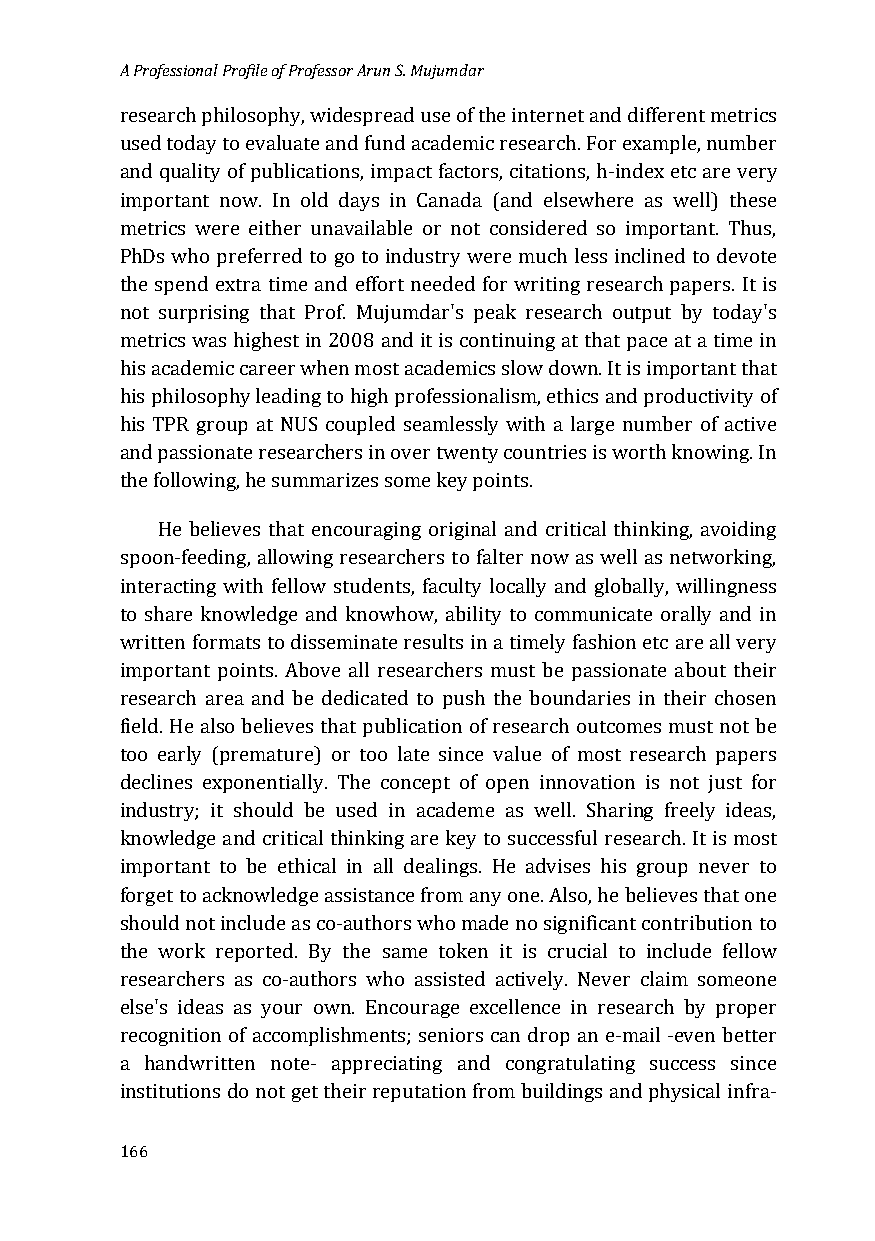
A Professional Profile of Professor Arun S. Mujumdar
 research philosophy, widespread use of the internet and different metrics
 used today to evaluate and fund academic research. For example, number
 and quality of publications, impact factors, citations, h-index etc are very
 important now. In old days in Canada (and elsewhere as well) these
 metrics were either unavailable or not considered so important. Thus,
 PhDs who preferred to go to industry were much less inclined to devote
 the spend extra time and effort needed for writing research papers. It is
 not surprising that Prof. Mujumdar's peak research output by today's
 metrics was highest in 2008 and it is continuing at that pace at a time in
 his academic career when most academics slow down. It is important that
 his philosophy leading to high professionalism, ethics and productivity of
 his TPR group at NUS coupled seamlessly with a large number of active
 and passionate researchers in over twenty countries is worth knowing. In
 the following, he summarizes some key points.
 He believes that encouraging original and critical thinking, avoiding
 spoon-feeding, allowing researchers to falter now as well as networking,
 interacting with fellow students, faculty locally and globally, willingness
 to share knowledge and knowhow, ability to communicate orally and in
 written formats to disseminate results in a timely fashion etc are all very
 important points. Above all researchers must be passionate about their
 research area and be dedicated to push the boundaries in their chosen
 field. He also believes that publication of research outcomes must not be
 too early (premature) or too late since value of most research papers
 declines exponentially. The concept of open innovation is not just for
 industry; it should be used in academe as well. Sharing freely ideas,
 knowledge and critical thinking are key to successful research. It is most
 important to be ethical in all dealings. He advises his group never to
 forget to acknowledge assistance from any one. Also, he believes that one
 should not include as co-authors who made no significant contribution to
 the work reported. By the same token it is crucial to include fellow
 researchers as co-authors who assisted actively. Never claim someone
 else's ideas as your own. Encourage excellence in research by proper
 recognition of accomplishments; seniors can drop an e-mail -even better
 a handwritten note- appreciating and congratulating success since
 institutions do not get their reputation from buildings and physical infra-
 166